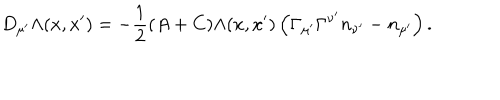
D _ { \mu ^ { \prime } } \Lambda ( x , x ^ { \prime } ) = - \frac 1 2 ( A + C ) \Lambda ( x , x ^ { \prime } ) \left( \Gamma _ { \mu ^ { \prime } } \Gamma ^ { \nu ^ { \prime } } n _ { \nu ^ { \prime } } - n _ { \mu ^ { \prime } } \right) .